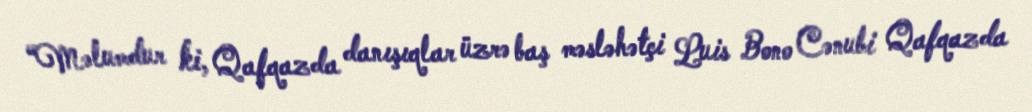
“Məlumdur ki, Qafqazda danışıqlar üzrə baş məsləhətçi Luis Bono Cənubi Qafqazda